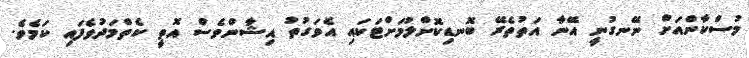
މުސްކާންއަށް ނޭނގުނީ އޭނާ އަތުތެރޭ ބޮނޑިކޮށްލުމަށްޓަކައި އެވަގުތު އިޝާންވެސް އޮތީ ކެތްމަދުވެފައި ކަމެވެ.